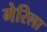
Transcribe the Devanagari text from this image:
गेरिला